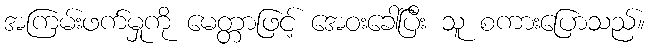
အကြမ်းဖက်မှုကို မေတ္တာဖြင့် အေဝးခေါ်ပြီး သူ စကားပြောသည်။